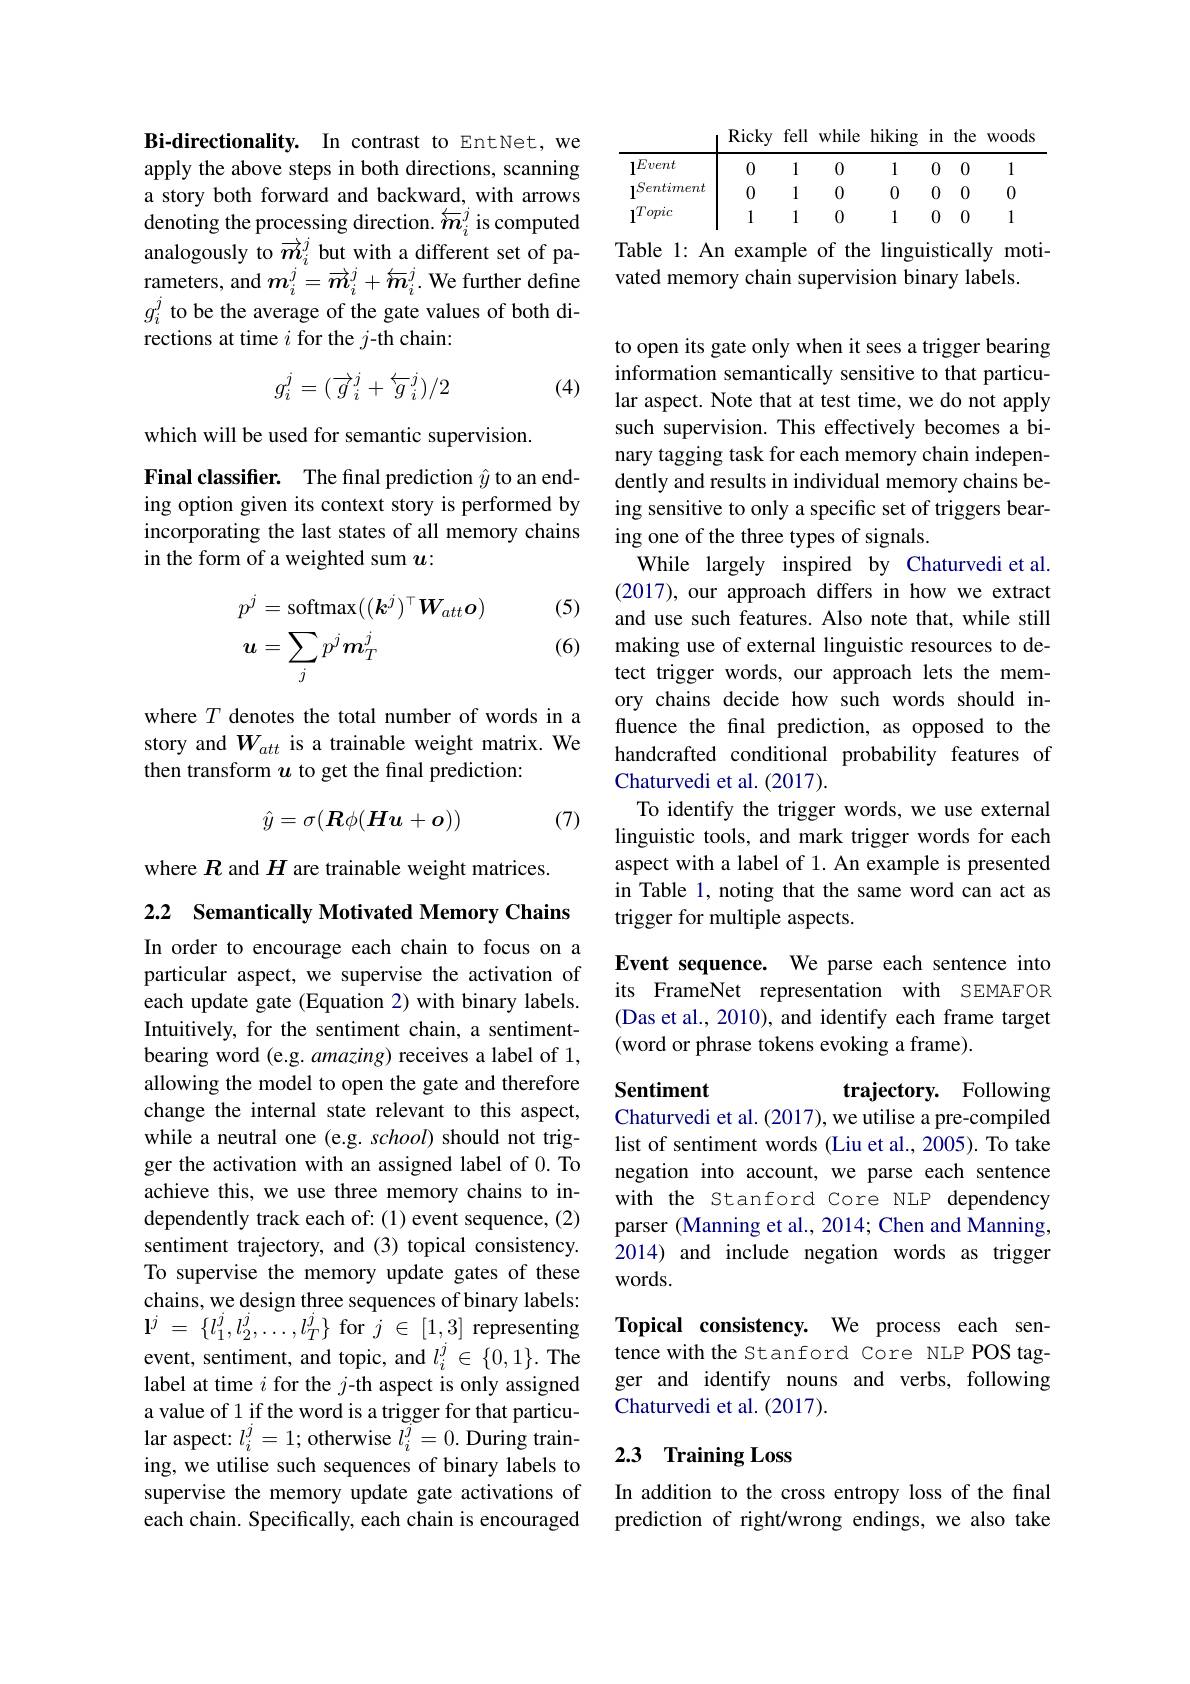
Bi-directionality. In contrast to EntNet, we apply the above steps in both directions, scanning a story both forward and backward, with arrows denoting the processing direction. $\overleftarrow{m}_i^j$ is computed analogously to $\overrightarrow{m}_i^j$ but with a different set of parameters, and $\boldsymbol{m}_i^j=\overrightarrow{\boldsymbol{m}}_i^j+\overleftarrow{\boldsymbol{m}}_i^j.$ We further define $g_i^j$ to be the average of the gate values of both directions at time $i$ for the $j$-th chain:
$$g_i^j=(\overrightarrow{g}_i^j+\overleftarrow{g}_i^j)/2$$
(4)

which will be used for semantic supervision.
Final classifier. The final prediction $\hat{y}$ to an ending option given its context story is performed by incorporating the last states of all memory chains in the form of a weighted sum $u:$

(5)
$$\begin{aligned}p^j&=\mathrm{softmax}((\boldsymbol{k}^j)^\top\boldsymbol{W}_{att}\boldsymbol{o})\\\boldsymbol{u}&=\sum_jp^j\boldsymbol{m}_T^j\end{aligned}$$
(6)

where $T$ denotes the total number of words in a story and $W_{att}$ is a trainable weight matrix. We then transform $u$ to get the final prediction:
$$\hat{y}=\sigma(\boldsymbol{R}\phi(\boldsymbol{H}u+\boldsymbol{o}))$$
(7)

where $R$ and $H$ are trainable weight matrices.

2.2 Semantically Motivated Memory Chains

In order to encourage each chain to focus on a particular aspect, we supervise the activation of each update gate (Equation 2) with binary labels. Intuitively, for the sentiment chain, a sentimentbearing word (e.g. amazing) receives a label of 1, allowing the model to open the gate and therefore change the internal state relevant to this aspect, while a neutral one (e.g. school) should not trigger the activation with an assigned label of 0.To achieve this, we use three memory chains to independently track each of:(1) event sequence, (2) sentiment trajectory, and (3) topical consistency. To supervise the memory update gates of these chains, we design three sequences of binary labels: $\mathbf{l} ^{j}$ = $\{ l_{1}^{j}, l_{2}^{j}, \ldots , l_{T}^{j}\}$ for $j$ $\in$ [1,3] representing event, sentiment, and topic, and $l_i^j\in\{0,1\}.$ The label at time $i$ for the $j$-th aspect is only assigned a value of 1 if the word is a trigger for that particular aspect: $l_i^j=1;$ otherwise $l_i^j=0.$ During training, we utilise such sequences of binary labels to supervise the memory update gate activations of each chain. Specifically, each chain is encouraged

Ricky fell while hiking in the woods

Table 1: An example of the linguistically moti-
vated memory chain supervision binary labels.

to open its gate only when it sees a trigger bearing information semantically sensitive to that particular aspect. Note that at test time, we do not apply such supervision. This effectively becomes a binary tagging task for each memory chain independently and results in individual memory chains being sensitive to only a specific set of triggers bearing one of the three types of signals.
While largely inspired by Chaturvedi et al. (2017), our approach differs in how we extract and use such features. Also note that, while still making use of external linguistic resources to detect trigger words, our approach lets the memory chains decide how such words should influence the final prediction, as opposed to the handcrafted conditional probability features of Chaturvedi et al.(2017).
To identify the trigger words, we use external linguistic tools, and mark trigger words for each aspect with a label of 1.An example is presented in Table 1, noting that the same word can act as trigger for multiple aspects.

Event sequence. We parse each sentence into its FrameNet representation with SEMAFOR (Das et al., 2010), and identify each frame target (word or phrase tokens evoking a frame).

### Sentiment Chaturvedi et al. (2017), we utilise a pre-compiled

trajectory. Following

list of sentiment words (Liu et al., 2005). To take negation into account, we parse each sentence with the Stanford Core NLP dependency parser (Manning et al., 2014; Chen and Manning, 2014) and include negation words as trigger words.

Topical consistency. We process each sentence with the Stanford Core NLP POS tagger and identify nouns and verbs, following Chaturvedi et al.(2017).

## 2.3 Training Loss

In addition to the cross entropy loss of the final prediction of right/wrong endings, we also take